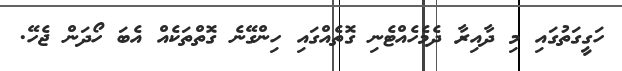
ހަގީގަތުގައި މި ދާއިރާ ދެމެހެއްޓެނި ގޮތެއްގައި ހިންގޭނެ ގޮތްތަކެއް އެބަ ހޯދަން ޖެހޭ.